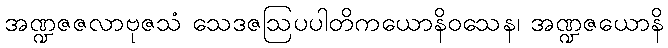
အဏ္ဍဇဇလာဗုဇသံ သေဒဇဩပပါတိကယောနိဝသေန၊ အဏ္ဍဇယောနိ